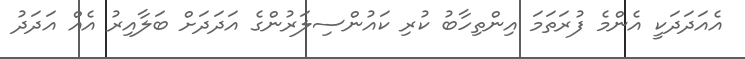
އެއަދަދަކީ އެންމެ ފުރަތަމަ އިންތިހާބު ކުރި ކައުންސިލަރުންގެ އަދަދަށް ބަލާއިރު އެއް އަދަދު